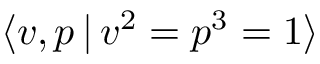
\langle v , p \, | \, v ^ { 2 } = p ^ { 3 } = 1 \rangle